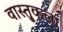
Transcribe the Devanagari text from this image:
वास्तु्कला